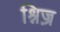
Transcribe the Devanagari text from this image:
श्निज़्र